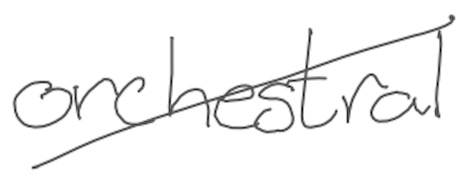
Text: orchestral
Cross-out: diagonal
Writing tool: digital_gray